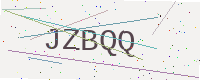
Text: JZBQQ